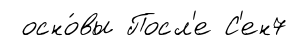
осно́вы Посл'е С'ен7